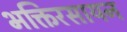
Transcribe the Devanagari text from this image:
भक्तिरसायन